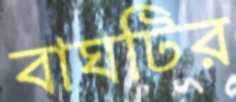
বাঘটির